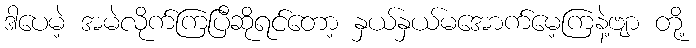
ဒါပေမဲ့ အမဲလိုက်ကြပြီဆိုရင်တော့ နှယ်နှယ်မအောက်မေ့ကြနဲ့ဗျာ တို့